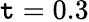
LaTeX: \mathtt{t}=0.3